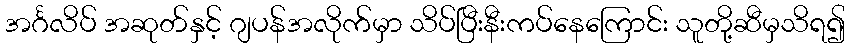
အင်္ဂလိပ် အဆုတ်နှင့် ဂျပန်အလိုက်မှာ သိပ်ပြီးနီးကပ်နေကြောင်း သူတို့ဆီမှသိရ၍